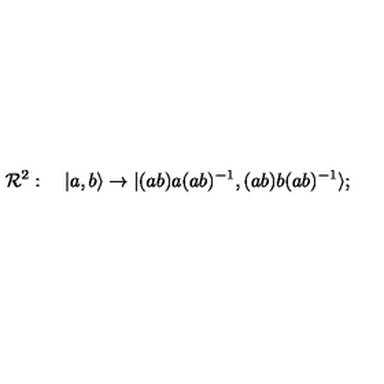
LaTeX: { \cal R } ^ { 2 } : \quad | a , b \rangle \to | ( a b ) a ( a b ) ^ { - 1 } , ( a b ) b ( a b ) ^ { - 1 } \rangle ;